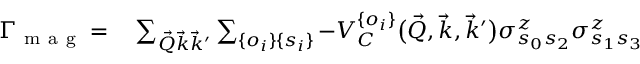
\begin{array} { r l } { \Gamma _ { \mathrm { ~ m ~ a ~ g ~ } } = } & { { } \sum _ { \vec { Q } \vec { k } \vec { k } ^ { \prime } } \sum _ { \{ o _ { i } \} \{ s _ { i } \} } - V _ { C } ^ { \{ o _ { i } \} } \big ( \vec { Q } , \vec { k } , \vec { k } ^ { \prime } \big ) \sigma _ { s _ { 0 } s _ { 2 } } ^ { z } \sigma _ { s _ { 1 } s _ { 3 } } ^ { z } } \end{array}